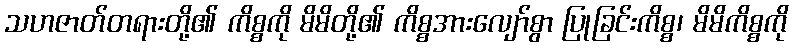
သဟဇာတ်တရားတို့၏ ကိစ္စကို မိမိတို့၏ ကိစ္စအားလျော်စွာ ပြုခြင်းကိစ္စ၊ မိမိကိစ္စကို